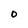
Character: 0